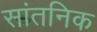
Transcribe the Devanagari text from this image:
सांतनिक